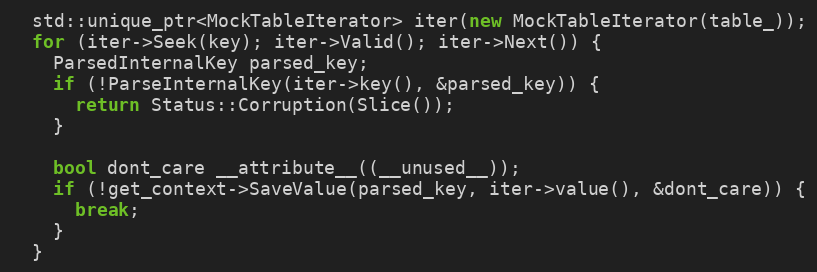
Language: C++
  std::unique_ptr<MockTableIterator> iter(new MockTableIterator(table_));
  for (iter->Seek(key); iter->Valid(); iter->Next()) {
    ParsedInternalKey parsed_key;
    if (!ParseInternalKey(iter->key(), &parsed_key)) {
      return Status::Corruption(Slice());
    }

    bool dont_care __attribute__((__unused__));
    if (!get_context->SaveValue(parsed_key, iter->value(), &dont_care)) {
      break;
    }
  }